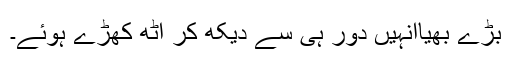
بڑے بھیاانہیں دور ہی سے دیکھ کر اٹھ کھڑے ہوئے۔